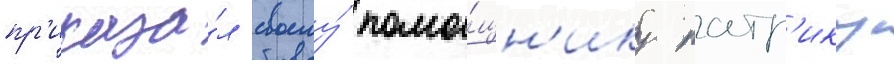
пр'иказа́л своему́ помо́щн'ику патр'ику